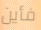
فأين